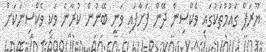
ޔޫރަޕް ގައުމުތަކުގައި ވެކްސިން ދޭން ފަށާފައި ވަނީ ބޭނުން ކުރާނެ ވަކި ވެކްސިނަކަށް